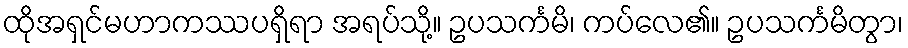
ထိုအရှင်မဟာကဿပရှိရာ အရပ်သို့။ ဥပသင်္ကမိ၊ ကပ်လေ၏။ ဥပသင်္ကမိတွာ၊